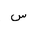
Letter: _sin